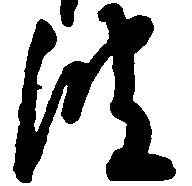
波